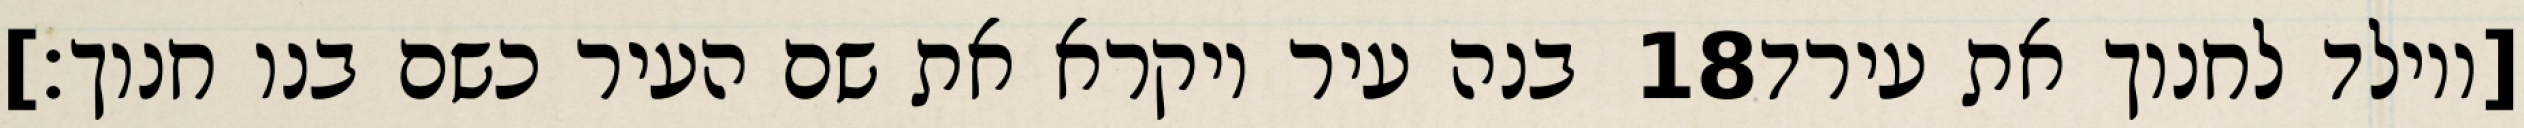
בנה עיר ויקרא את שם העיר כשם בנו חנוך׃] ‎18‏ [ויולד לחנוך את עירד